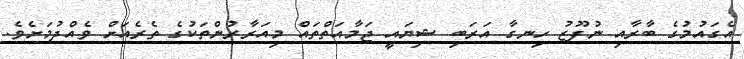
އެގައުމުގެ ބާރާއި ނުފޫޒު ހިނގާ އަރަބި ޝިޔައީ ޖަމާއަތްތައް މިއަރާރުންތަކުގެ ތެރެއަށް ވެއްދުމަށެވެ.